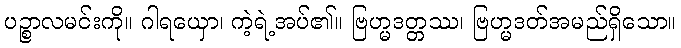
ပဉ္စာလမင်းကို။ ဂါရယှော၊ ကဲ့ရဲ့အပ်၏။ ဗြဟ္မဒတ္တဿ၊ ဗြဟ္မဒတ်အမည်ရှိသော။